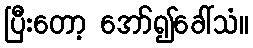
ပြီးတော့ အော်၍ခေါ်သံ။